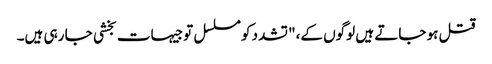
قتل ہو جاتے ہیں لوگوں کے،" تشدد کو مسلسل توجیہات بخشی جا رہی ہیں۔